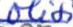
olisi